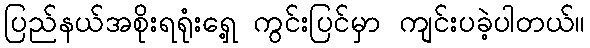
ပြည်နယ်အစိုးရရုံးရှေ့ ကွင်းပြင်မှာ ကျင်းပခဲ့ပါတယ်။